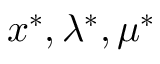
x ^ { * } , \lambda ^ { * } , \mu ^ { * }